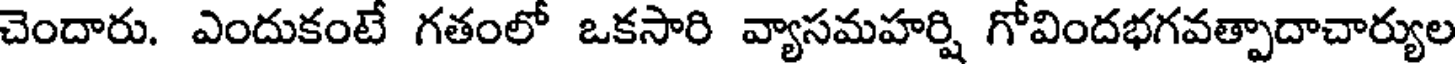
చెందారు. ఎందుకంటే గతంలో ఒకసారి వ్యాసమహర్షి గోవిందభగవత్పాదాచార్యుల